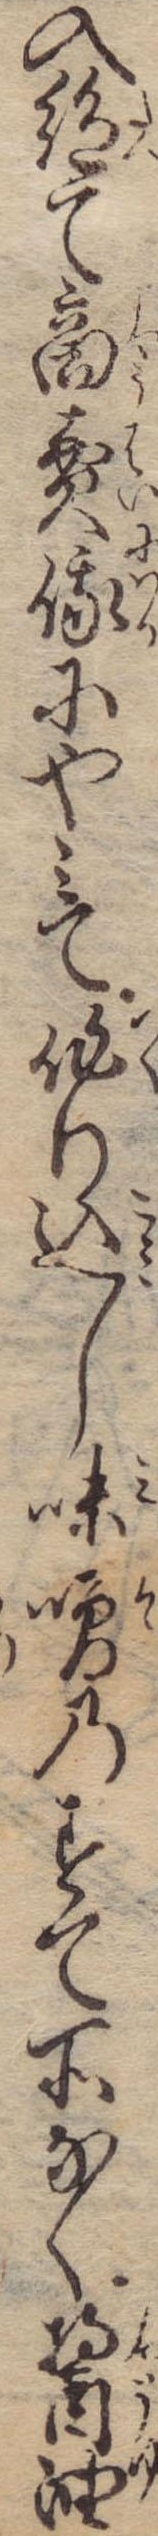
入絶て商売俄にやみて作り込し味噌のすて所なく醤油